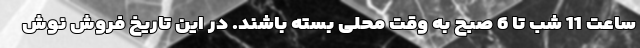
ساعت 11 شب تا 6 صبح به وقت محلی بسته باشند. در این تاریخ فروش نوش